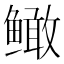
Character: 𲍙